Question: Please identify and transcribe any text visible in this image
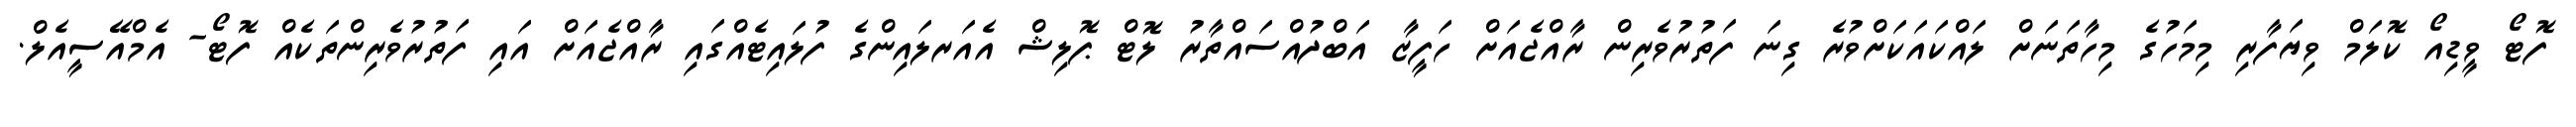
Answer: ފޮޓޯ ވީޑިއޯ ކޮލަމް ވިޔަފާރި މިމަހުގެ މިހާތަނަށް ލައްކައަކަށްވުރެ ގިނަ ފަތުރުވެރިން ރާއްޖެއަށް ހަފީޒާ އަބްދުއްސައްތާރު ލޮޓް ޕޮލިޝް އެއަރލައިންގެ ފުލައިޓެއްގައި ރާއްޖެއަށް އައި ފަތުރުވެރިންތަކެއް ފޮޓޯ- އެމްއޭސީއެލް.